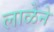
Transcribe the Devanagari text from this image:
लाळेने